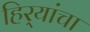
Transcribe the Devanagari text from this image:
हिर्‍यांचा